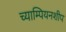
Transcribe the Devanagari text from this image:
च्याम्पियनशीप